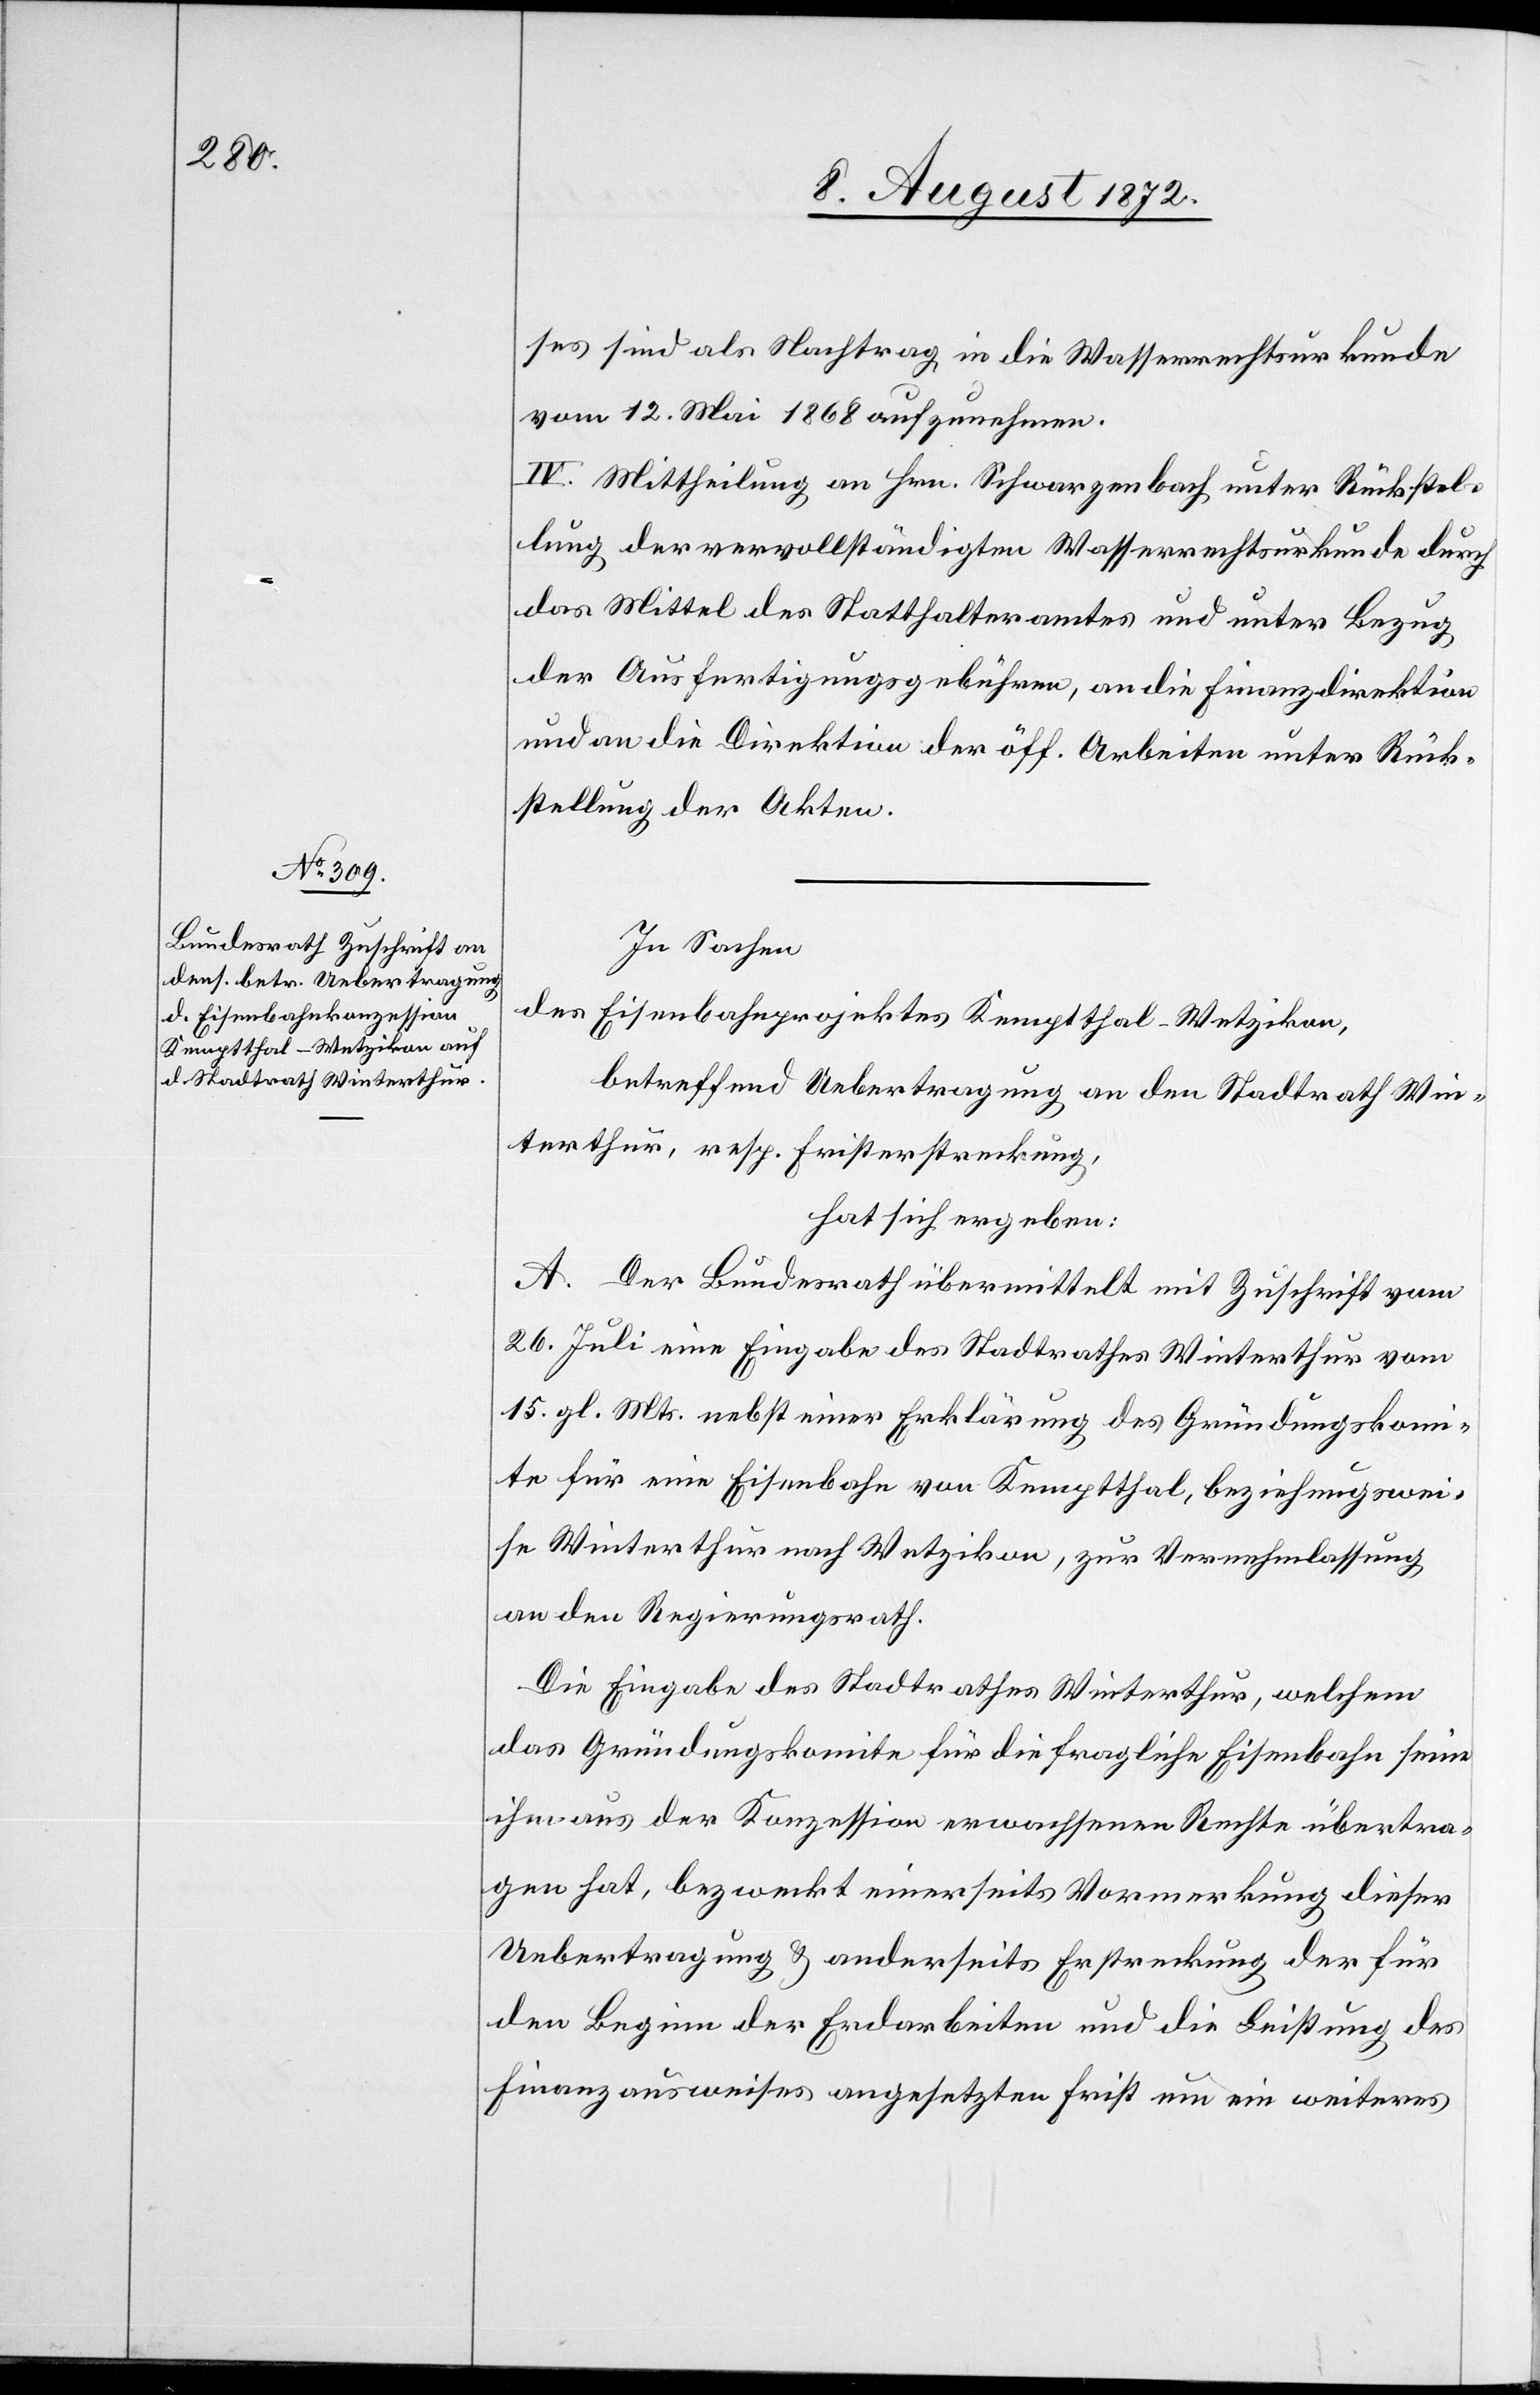
ses sind als Nachtrag in die Wasserrechtsurkunde
vom 12. Mai 1868 aufzunehmen.
IV. Mittheilung an Hrn. Schwarzenbach unter Rückstel¬
lung der vervollständigten Wasserrechtsurkunde durch
das Mittel des Statthalteramtes und unter Bezug
der Ausfertigungsgebühren, an die Finanzdirektion
und an die Direktion der öff. Arbeiten unter Rück¬
stellung der Akten.
In Sachen
des Eisenbahnprojektes Kemptthal–Wetzikon,
betreffend Uebertragung an den Stadtrath Win¬
terthur, resp. Fristerstreckung,
hat sich ergeben:
A. Der Bundesrath übermittelt mit Zuschrift vom
26. Juli eine Eingabe des Stadtrathes Winterthur vom
15. gl. Mts. nebst einer Erklärung des Gründungskom¬
ite für eine Eisenbahn von Kemptthal, beziehungswei¬
se Winterthur nach Wetzikon, zur Vernehmlassung
an den Regierungsrath.
Die Eingabe des Stadtrathes Winterthur, welchem
das Gründungskomite für die fragliche Eisenbahn seine
ihm aus dem Konzession erwachsenen Rechte übertra¬
gen hat, bezweckt einerseits Vormerkung dieser
Uebertragung u. anderseits Erstreckung der für
den Beginn der Erdarbeiten und die Leistung des
Finanzausweises angesetzten Frist um ein weiteres